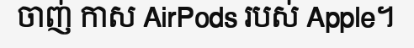
ចាញ់ កាស AirPods របស់ Apple។